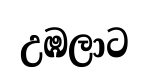
උඹලාට